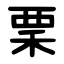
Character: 䅇